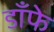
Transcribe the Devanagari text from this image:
डाँफे